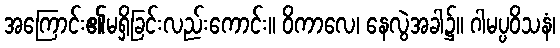
အကြောင်း၏မရှိခြင်းလည်းကောင်း။ ဝိကာလေ၊ နေလွဲအခါ၌။ ဂါမပ္ပဝိသနံ၊